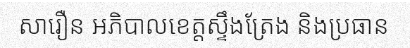
សារឿន អភិបាលខេត្តស្ទឹងត្រែង និងប្រធាន